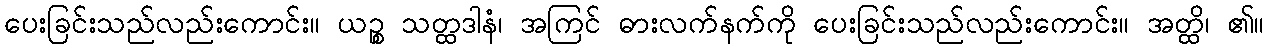
ပေးခြင်းသည်လည်းကောင်း။ ယဉ္စ သတ္ထဒါနံ၊ အကြင် ဓားလက်နက်ကို ပေးခြင်းသည်လည်းကောင်း။ အတ္ထိ၊ ၏။